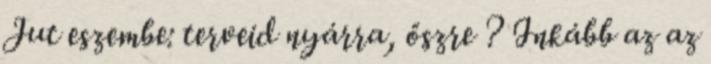
Jut eszembe: terveid nyárra, őszre ? Inkább az az